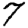
Digit: 7